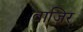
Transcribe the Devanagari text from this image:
वाजिर